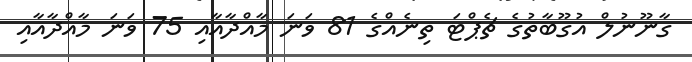
ގާނޫނުލް އުގޫބާތުގެ ޗެޕްޓަ ތިނެއްގެ 81 ވަނަ މާއްދާއާއި 75 ވަނަ މާއްދާއާއި